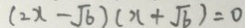
( 2 x - \sqrt { b } ) ( x + \sqrt { b } ) = 0